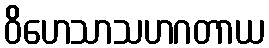
ဝိဟေသာသဟဂတာယ